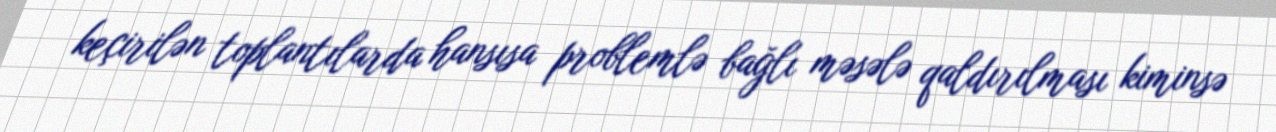
keçirilən toplantılarda hansısa problemlə bağlı məsələ qaldırılması kiminsə